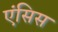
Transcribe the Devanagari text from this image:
एंसिस